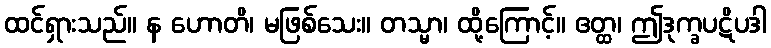
ထင်ရှားသည်။ န ဟောတိ၊ မဖြစ်သေး။ တသ္မာ၊ ထို့ကြောင့်။ ဧတ္ထ၊ ဤဒုက္ခပဋိပဒါ